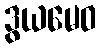
ဒွယမေဝ